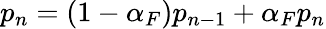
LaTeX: p_{n}=(1-\alpha_{F})p_{n-1}+\alpha_{F}p_{n}